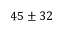
4 5 \pm 3 2